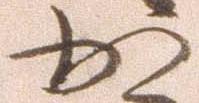
か